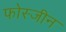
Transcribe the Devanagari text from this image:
फोस्जीन